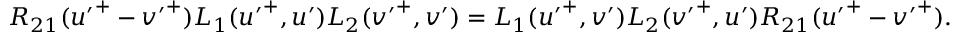
R _ { 2 1 } ( { u ^ { \prime } } ^ { + } - { v ^ { \prime } } ^ { + } ) L _ { 1 } ( { u ^ { \prime } } ^ { + } , u ^ { \prime } ) L _ { 2 } ( { v ^ { \prime } } ^ { + } , v ^ { \prime } ) = L _ { 1 } ( { u ^ { \prime } } ^ { + } , v ^ { \prime } ) L _ { 2 } ( { v ^ { \prime } } ^ { + } , u ^ { \prime } ) R _ { 2 1 } ( { u ^ { \prime } } ^ { + } - { v ^ { \prime } } ^ { + } ) .